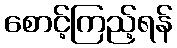
စောင့်ကြည့်ရန်